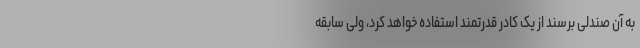
به آن صندلی برسند از یک کادر قدرتمند استفاده خواهد کرد، ولی سابقه